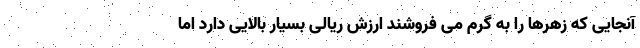
آنجایی که زهرها را به گرم می فروشند ارزش ریالی بسیار بالایی دارد اما